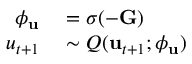
\begin{array} { r l } { \boldsymbol { \phi } _ { \mathbf { u } } } & { { } = \sigma ( - \mathbf { G } ) } \\ { u _ { t + 1 } } & { { } \sim Q ( \mathbf { u } _ { t + 1 } ; \boldsymbol { \phi } _ { \mathbf { u } } ) } \end{array}